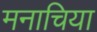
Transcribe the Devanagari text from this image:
मनाचिया